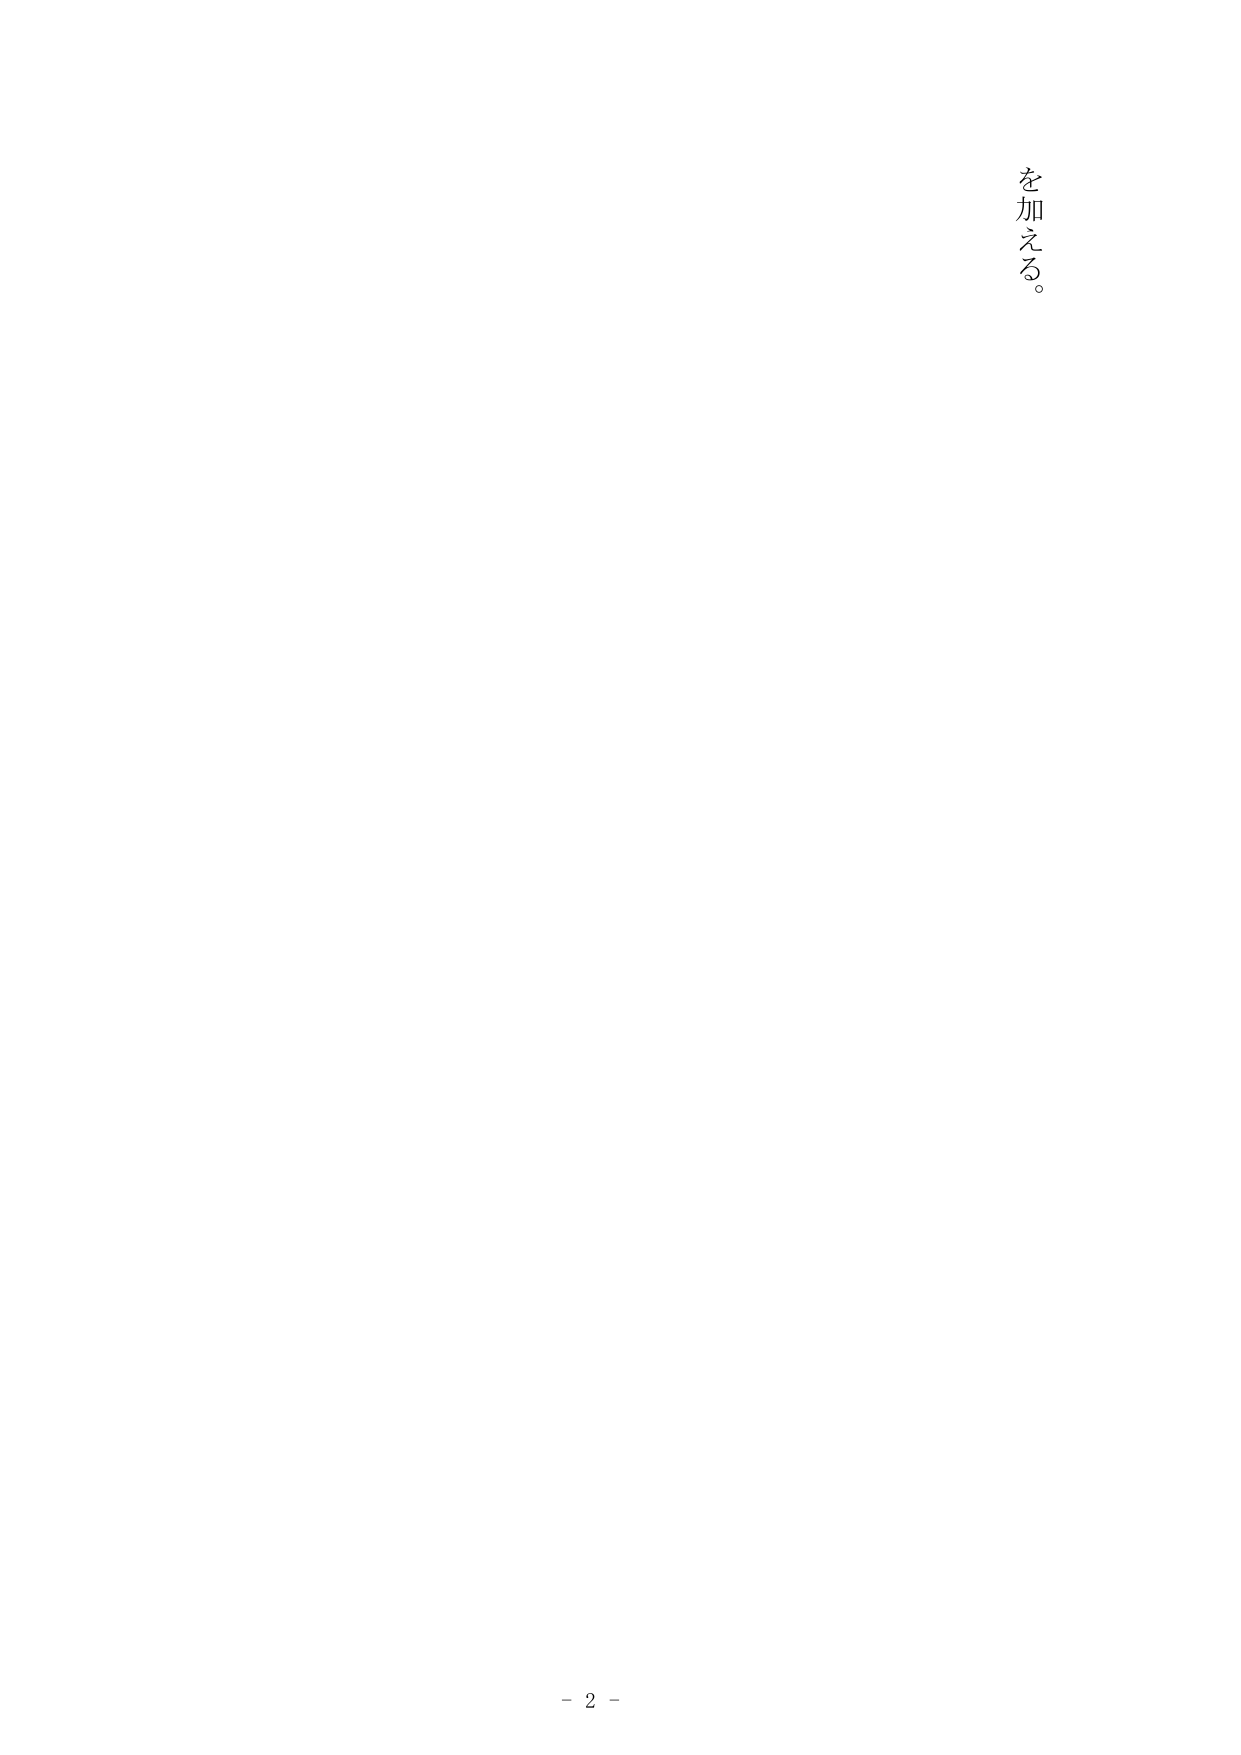
を加える。

- 2 -